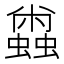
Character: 𰳝